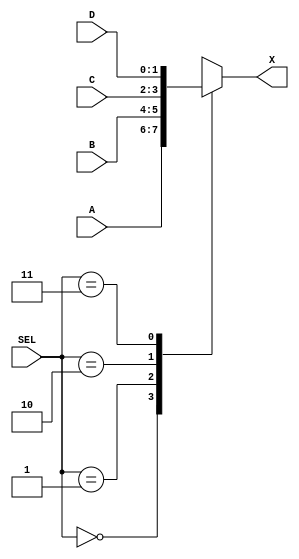
`timescale 1ns / 1ps
//////////////////////////////////////////////////////////////////////////////////
// Company: 
// Engineer: 
// 
// Design Name: 
// Module Name: multiplexer
// Project Name: 
// Target Devices: 
// Tool Versions: 
// Description: 
// 
// Dependencies: 
// 
// Revision:
// Revision 0.01 - File Created
// Additional Comments:
// 
//////////////////////////////////////////////////////////////////////////////////


module multiplexer(
    input [1:0]A,
    input [1:0]B,
    input [1:0]C,
    input [1:0]D,
    input [1:0]SEL,
    output [1:0]X
);

 //Need to add this line, to store the output value, do add in the range for multiple bits variables
reg [1:0]reg_x;

assign X = reg_x; //cannot output value, will redeclare warning

//YOUR CODE HERE
always@*
    case(SEL) //SEL IS 2 BIT INPUT, MAKE X = TO SELECTED INPUT
        2'b00: reg_x = A;
        2'b01: reg_x = B;
        2'b10: reg_x = C;
        2'b11: reg_x = D;
    endcase
    

//TIPS: IN THE VERILOG CASE STATEMENT, YOU HAVE TO LIST ALL CONDITION TO AVIOD ANY AMBIGUOUS STATEMENT;
endmodule